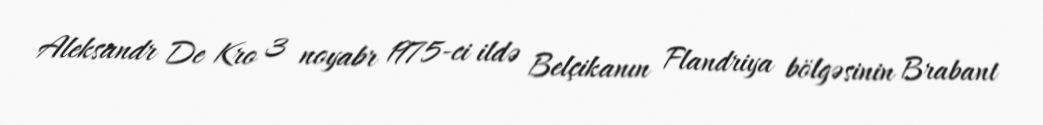
Aleksandr De Kro 3 noyabr 1975-ci ildə Belçikanın Flandriya bölgəsinin Brabant